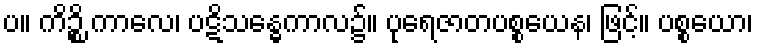
ပ။ ကိဉ္စိ ကာလေ၊ ပဋိသန္ဓေကာလ၌။ ပုရေဇာတပစ္စယေန၊ ဖြင့်။ ပစ္စယော၊